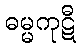
ဓမ္မကုဋီ